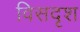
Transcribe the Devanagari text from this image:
विसदृश